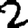
Digit: 2